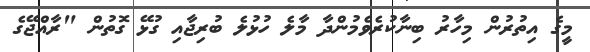
މީގެ އިތުރުން މިހާރު ބިނާކުރެވެމުންދާ މާލެ ހުޅުލެ ބުރިޖާއި ގުޅޭ ގޮތުން "ރާއްޖޭގެ